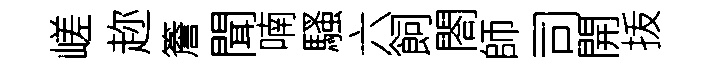
嵯趂簷聞喃騷六飼閤師司開㧞